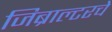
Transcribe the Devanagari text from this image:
जिब्राल्टरचे